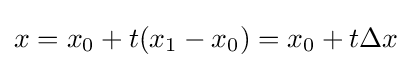
x=x_{0}+t(x_{1}-x_{0})=x_{0}+t\Delta x